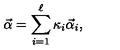
\vec { \alpha } = \sum _ { i = 1 } ^ { \ell } { \kappa } _ { i } \vec { \alpha } _ { i } ,